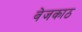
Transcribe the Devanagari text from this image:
वेजकाठ